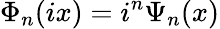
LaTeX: \Phi_{n}(ix)=i^{n}\Psi_{n}(x)